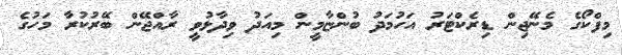
މިފްކޯގެ މެނޭޖިން ޑިރެކްޓަރު އަހުމަދު ބުންޏާމީން މިއަދު ވިދާޅުވީ ރާއްޖޭން ބޭރުކުރާ މަހުގެ